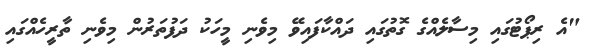
"އެ ރިޕޯޓުގައި މިސާލެއްގެ ގޮތުގައި ދައްކާފައިވޭ މިވެނި މީހަކު ދަފުތަރުން މިވެނި ތާރީހެއްގައި